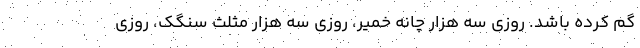
گم كرده باشد. روزي سه هزار چانه خمير، روزي سه هزار مثلث سنگك، روزي